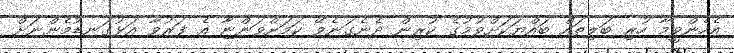
އެހެންވީމާ ހުރި ބަލިތައް ބައްޔަކަށްވުމުގެ ކުރިން ދެނެގަނެވޭ ކަމަށްވަންޏާ އެ ފަރުވާ އަޅުގަނޑުމެންނަށް